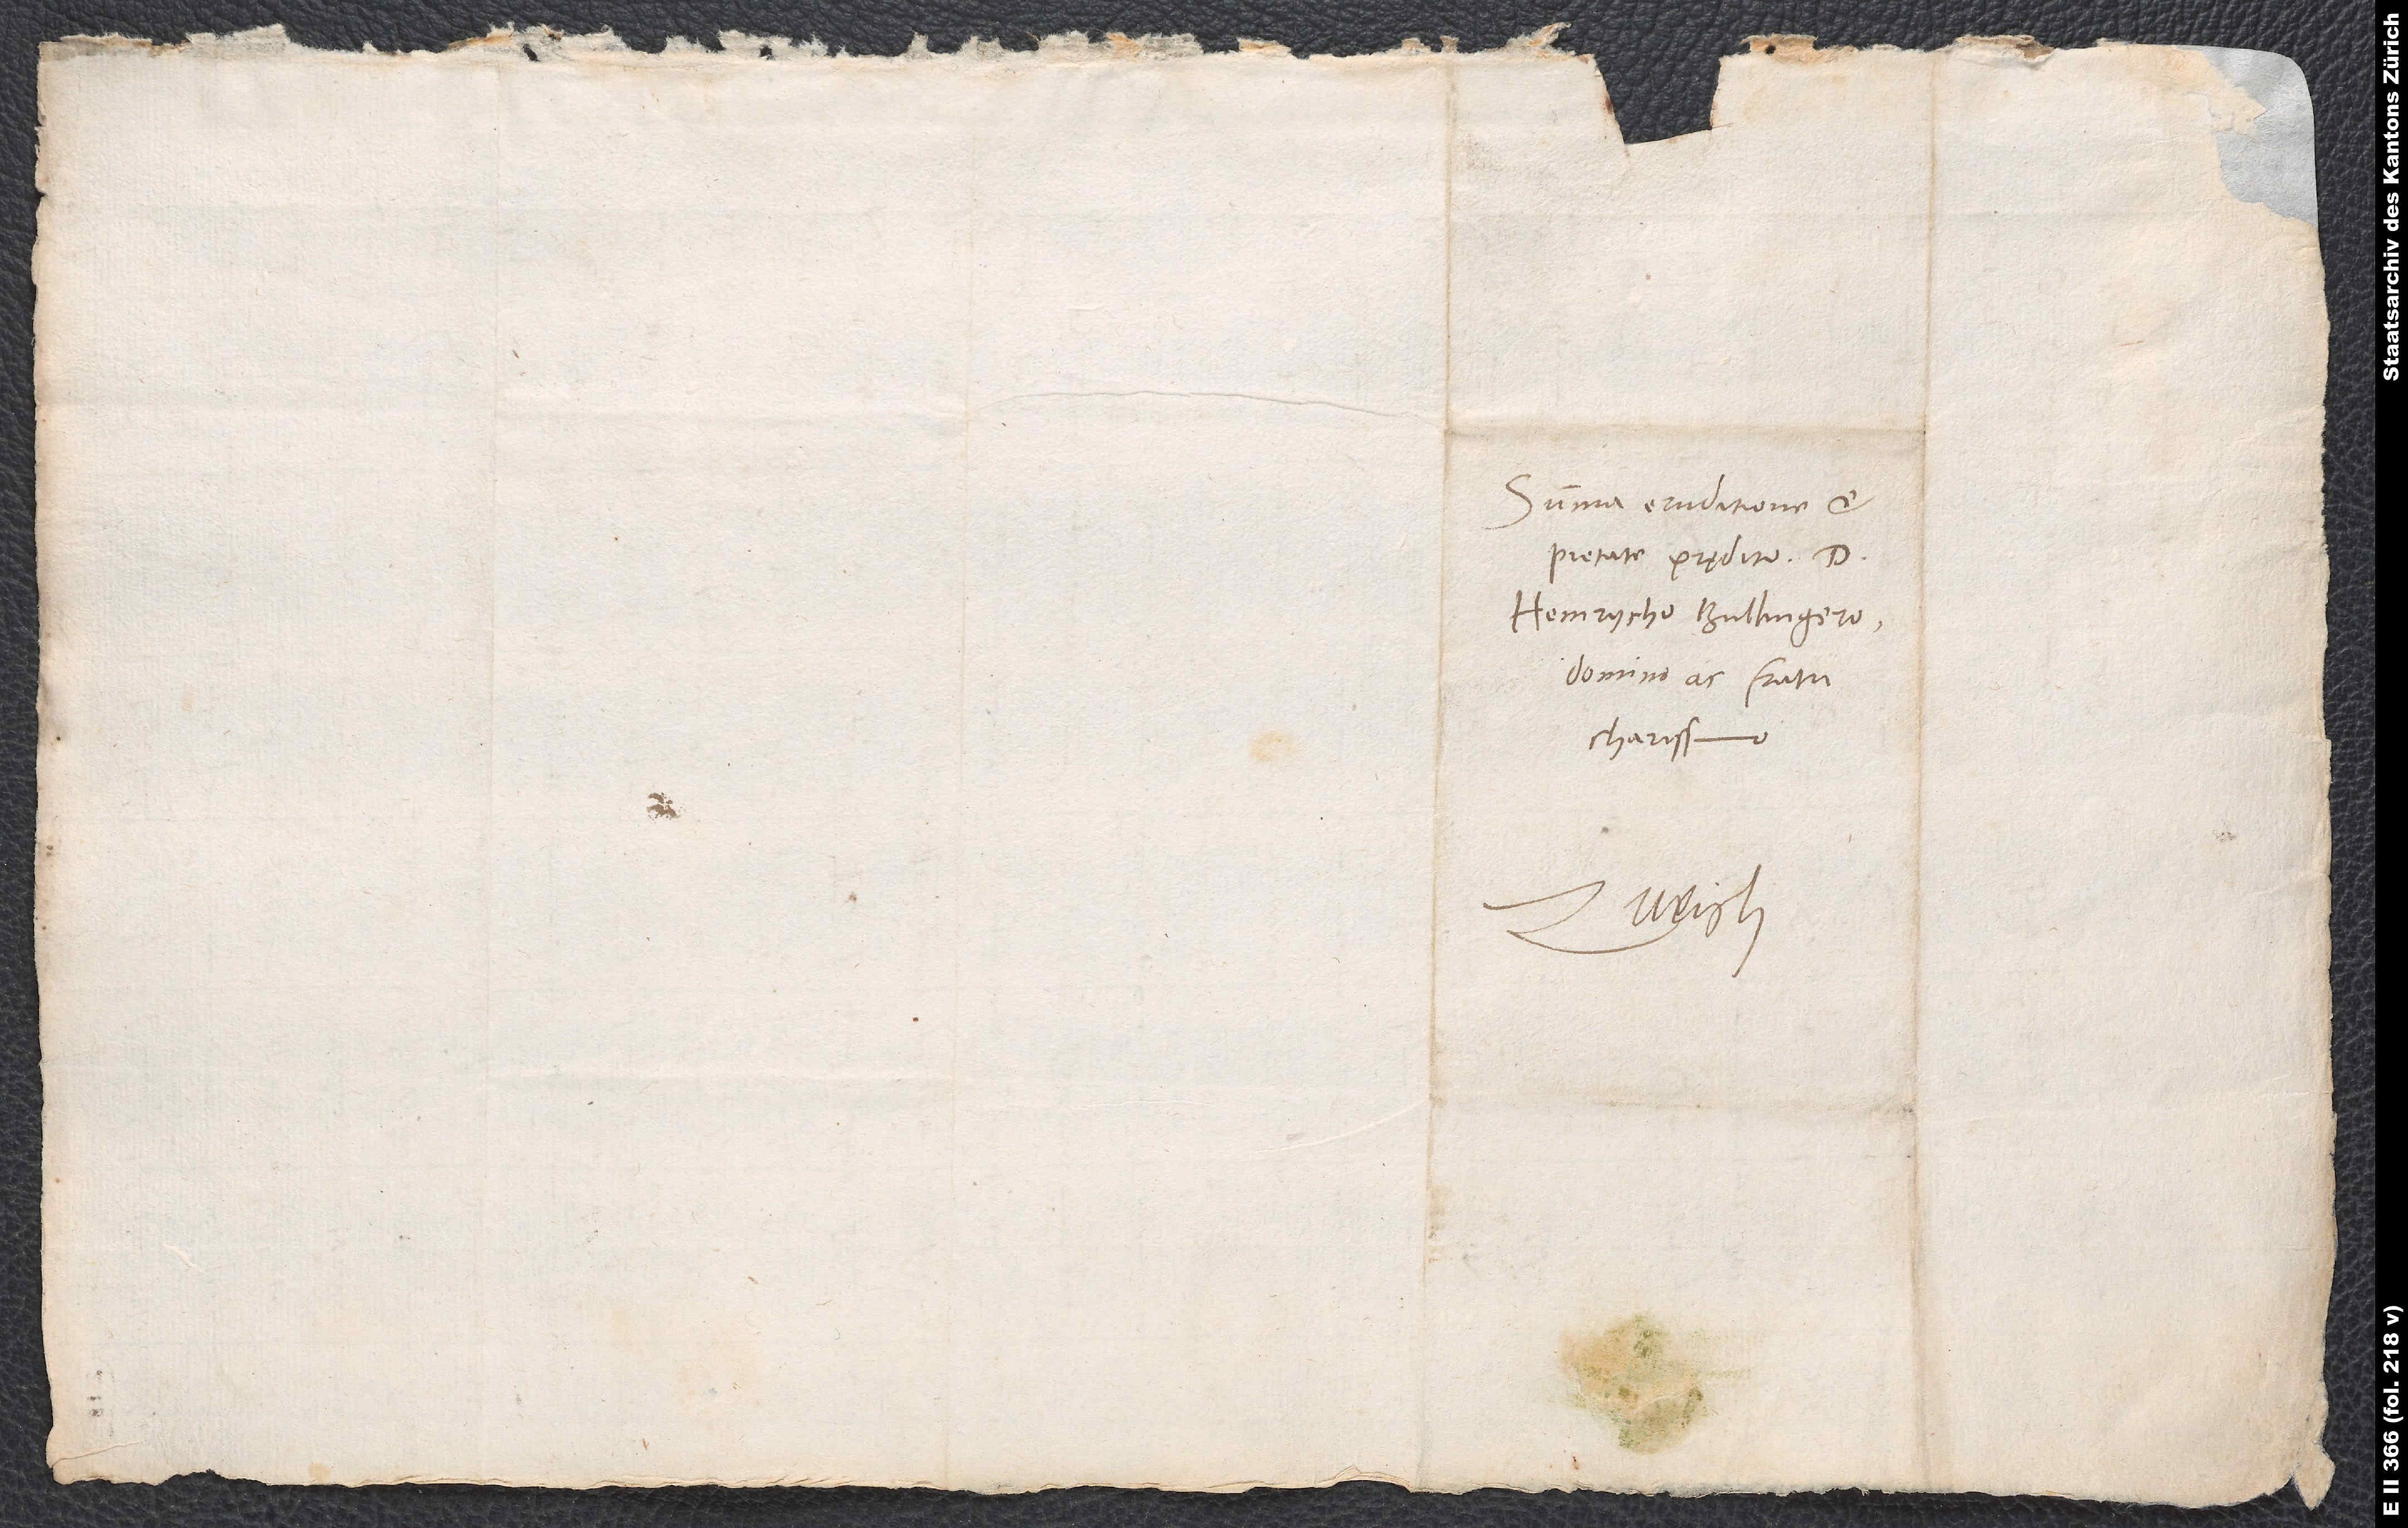
Summa eruditione et
pietate prędito d.
Heinrycho Bullingero,
domino ac fratri
charissimo.
Zurich.